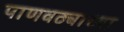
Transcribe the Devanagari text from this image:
पाणवठ्याच्या